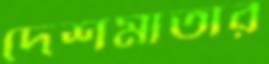
দেশমাতার